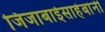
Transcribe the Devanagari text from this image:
जिजाबाईसाहेबांनी